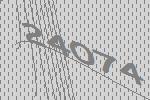
24074